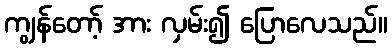
ကျွန်တော့် အား လှမ်း၍ ပြောလေသည်။